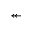
\twoheadleftarrow